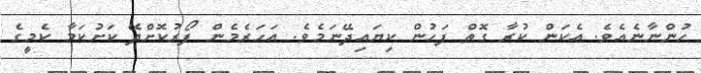
ހުންނާނެއެވެ. އެކަން ކުރާ ގޮތް ފަހުން ކިޔައިދޭނަމެވެ. އަހަރެމެން ފޯރުކޮށްދޭ ކަށުކަމާ ކެމީގެ